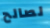
لصالح